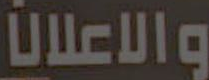
والاعلان